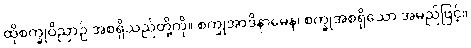
ထိုစက္ခုဝိညာဉ် အစရှိသည်တို့ကို။ စက္ခုအာဒိနာမေန၊ စက္ခုအစရှိသော အမည်ဖြင့်။